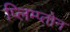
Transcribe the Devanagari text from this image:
प्लिम्प्तोन